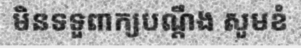
មិនទទួពាក្យបណ្តឹង សូមខំ